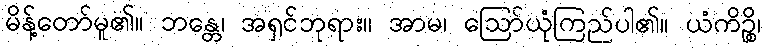
မိန့်တော်မူ၏။ ဘန္တေ၊ အရှင်ဘုရား။ အာမ၊ ဩော်ယုံကြည်ပါ၏။ ယံကိဉ္စိ၊